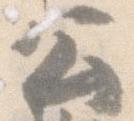
公